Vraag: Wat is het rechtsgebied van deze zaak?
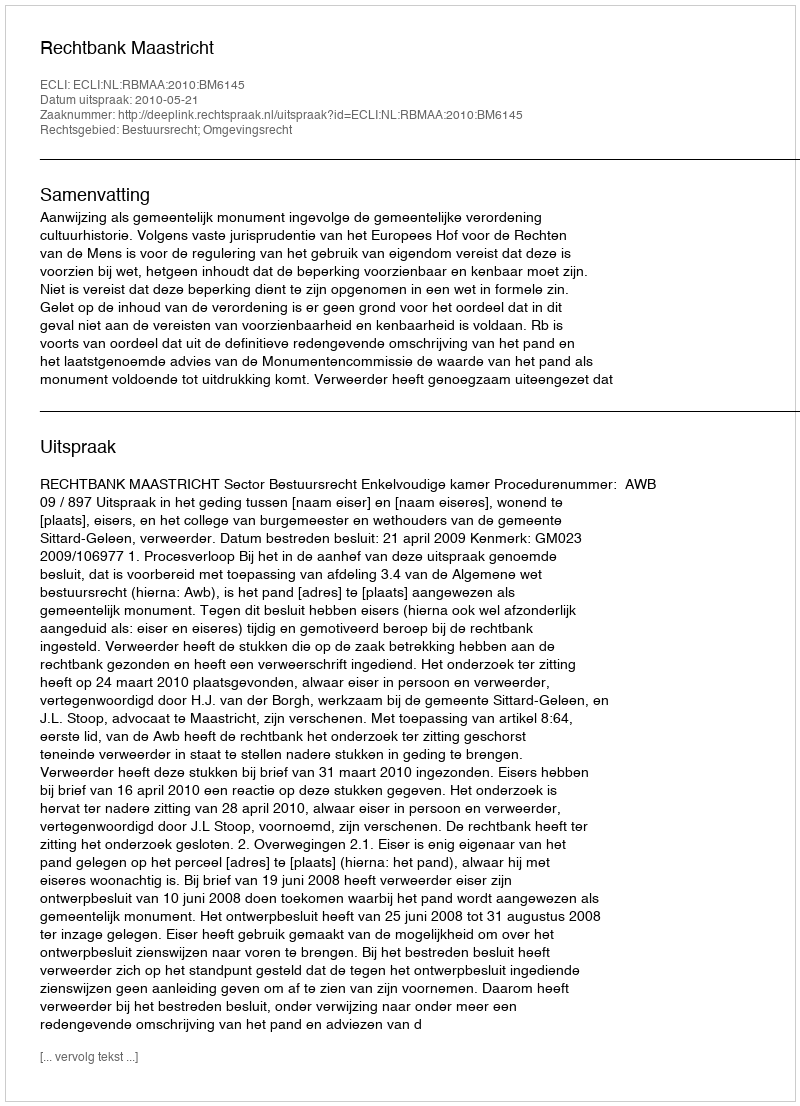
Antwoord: Bestuursrecht; Omgevingsrecht